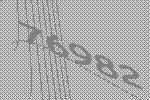
76982